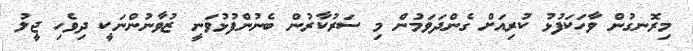
މިރޮނގުން ވާހަކަފުޅު ކުރިއަށް ގެންދަވަމުން މި ސަރުކާރުން ބެނުންފުޅުވަނީ ޒުވާނުންނަކީ ދިވެހި ޖީލު